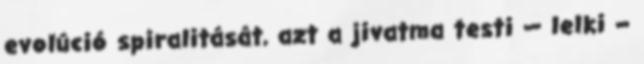
evolúció spiralitását, azt a jivatma testi — lelki –